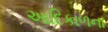
આદિકાળના